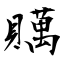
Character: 贎